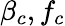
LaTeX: \beta_{c},f_{c}